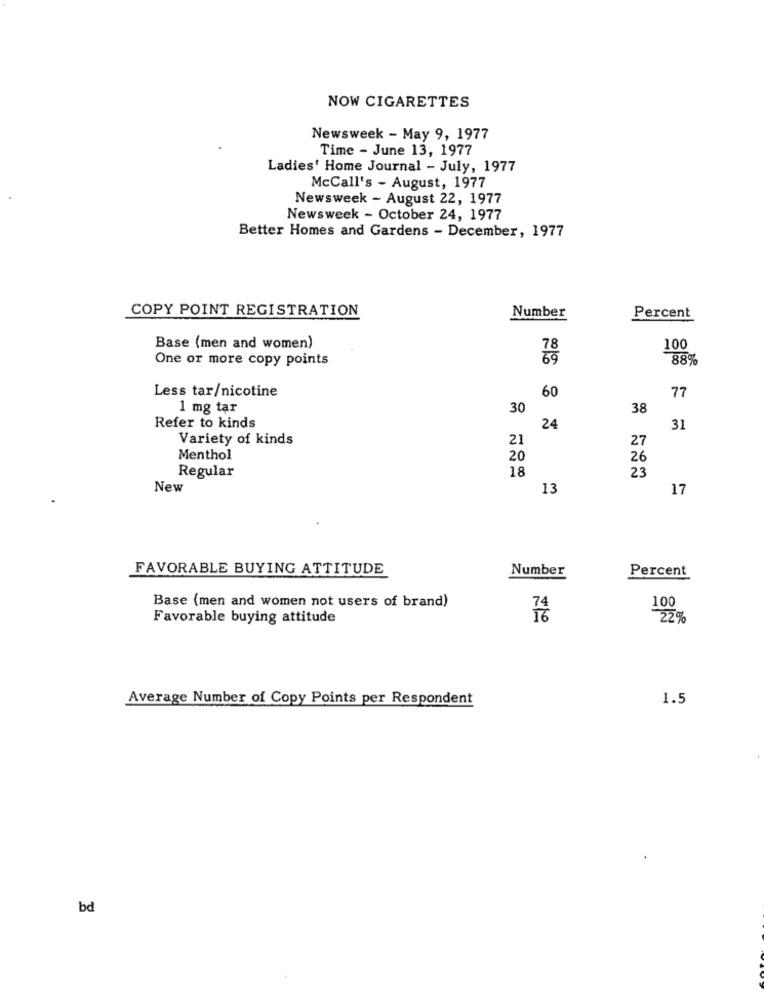
NOW CIGARETTES
Newsweek - May 9, 1977
Time - June 13, 1977
Ladies' Home Journal - July, 1977
McCall's - August, 1977
Newsweek - August 22, 1977
Newsweek - October 24, 1977
Better Homes and Gardens - December, 1977
COPY POINT REGISTRATION
Number
Percent
Base (men and women)
100
One or more copy points
88%
Less tar/nicotine
60
77
1 mg tar
30
38
Refer to kinds
24
31
Variety of kinds
21
27
Menthol
20
26
18
Regular
23
New
13
17
FAVORABLE BUYING ATTITUDE
Number
Percent
Base (men and women not users of brand)
100
Favorable buying attitude
16
22%
Average Number of Copy Points per Respondent
1.5
bd